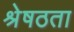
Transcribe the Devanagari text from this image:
श्रेषठता